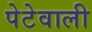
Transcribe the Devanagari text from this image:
पेटेवाली